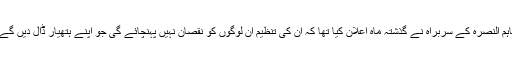
تاہم النصرہ کے سربراہ نے گذشتہ ماہ اعلان کیا تھا کہ ان کی تنظیم ان لوگوں کو نقصان نہیں پہنچائے گی جو اپنے ہتھیار ڈال دیں گے۔